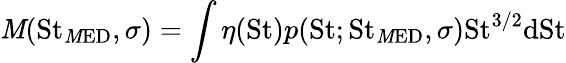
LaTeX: \mathit{M}(\mathrm{{St}}_{\mathrm{{\mathit{M}ED}}},\sigma)=\int\eta(\mathrm{{St}})p(\mathrm{{St}};\mathrm{{St}}_{\mathrm{{\mathit{M}ED}}},\sigma)\mathrm{{St}}^{3/2}\mathrm{{dSt}}